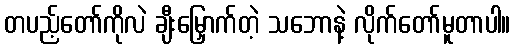
တပည့်တော်ကိုလဲ ချီးမြှောက်တဲ့ သဘောနဲ့ လိုက်တော်မူတာပါ။